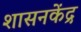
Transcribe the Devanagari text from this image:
शासनकेंद्र